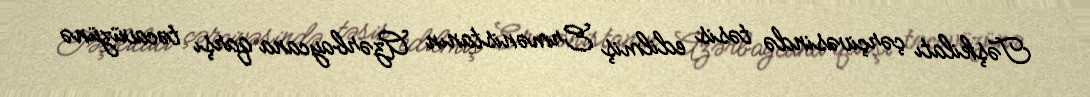
Təşkilatı çərçivəsində təsis edilmiş Ermənistanın Azərbaycana qarşı təcavüzünə